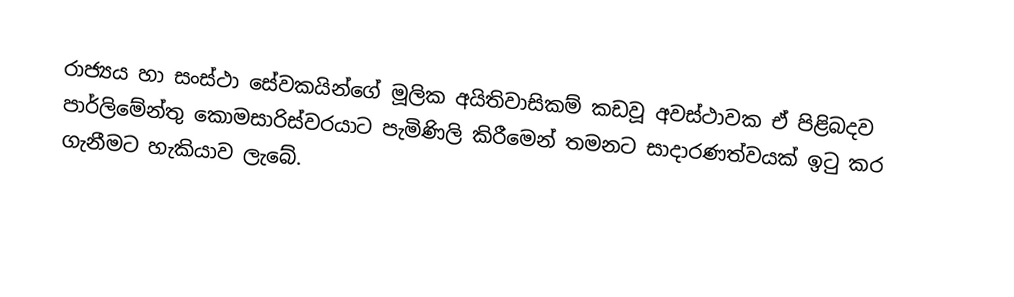
රාජ්‍යය හා සංස්ථා සේවකයින්ගේ මූලික අයිතිවාසිකම් කඩවූ අවස්ථාවක ඒ පිළිබදව පාර්ලිමේන්තු කොමසාරිස්වරයාට පැමිණිලි කිරීමෙන් තමනට  සාදාරණත්වයක් ඉටු කර ගැනීමට හැකියාව ලැබේ.